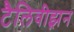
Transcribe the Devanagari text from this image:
टैलिवीझ़न